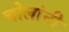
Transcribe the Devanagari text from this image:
चोलांनी